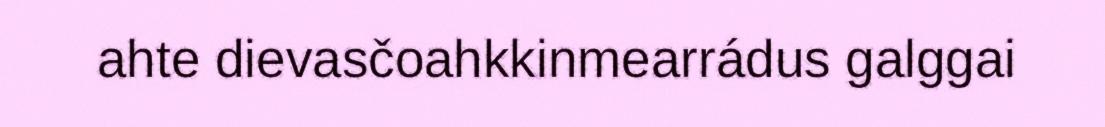
ahte dievasčoahkkinmearrádus galggai